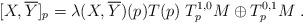
LaTeX: \begin{align*} [X, \overline{Y}]_p=\lambda(X,\overline{Y})(p) T(p) \; T^{1,0}_pM\oplus T^{0,1}_pM\;. \end{align*}